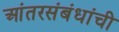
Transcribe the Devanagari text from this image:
आंतरसंबंधांची